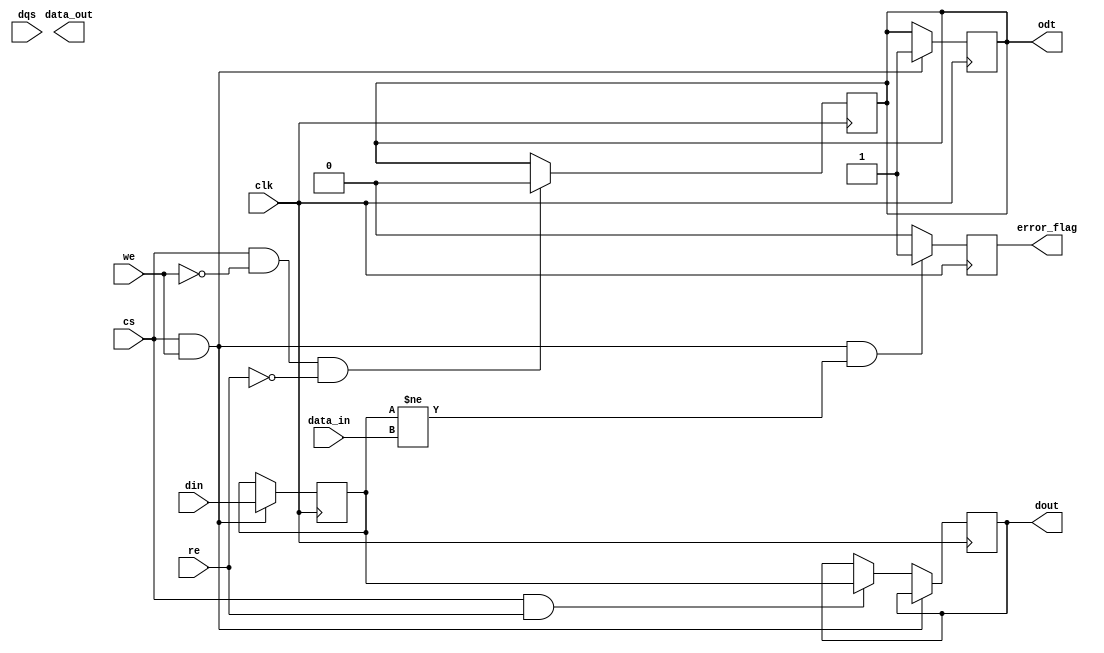
module gddr5_io_block #(
    parameter DATA_WIDTH = 32, // Can be 16 or 32 bits
    parameter DQS_ENABLE = 1
)(
    input wire clk,                 // Clock input from memory controller
    input wire [DATA_WIDTH-1:0] din, // Data input for write operations
    output reg [DATA_WIDTH-1:0] dout, // Data output for read operations
    input wire dqs,                // Data Strobe signal
    input wire cs,                 // Chip Select
    input wire we,                 // Write Enable
    input wire re,                 // Read Enable
    output reg odt,                // On-Die Termination control
    output reg [DATA_WIDTH-1:0] data_out, // Bidirectional Data lines
    input wire [DATA_WIDTH-1:0] data_in, // Bidirectional Data lines
    output reg error_flag          // Error detection flag
);

// Internal signals
reg [DATA_WIDTH-1:0] data_buffer;
reg dqs_reg;

// Write operation
always @(posedge clk) begin
    if (cs && we) begin
        data_buffer <= din; // Load data from input during write
        dqs_reg <= 1'b1;    // Assert DQS for write
        odt <= 1'b1;        // Enable ODT
    end
    else if (cs && re) begin
        dout <= data_buffer; // Read data from buffer on read enable
        dqs_reg <= 1'b0;     // Deassert DQS for read
    end
end

// Clock skew adjustment would typically require additional logic and calibration,
// which is not included in this example for simplicity.

// Error correction mechanism would typically involve additional logic.
// Here we simply toggle an error flag if some condition is met.
always @(posedge clk) begin
    if (cs && we && (data_buffer != data_in)) begin
        error_flag <= 1'b1; // Set error flag if data mismatch occurs
    end else begin
        error_flag <= 1'b0; // Clear error flag
    end
end

// Power management and termination settings would typically be more complex, 
// involving state machines or control logic not shown here for simplicity.
always @(posedge clk) begin
    if (cs && !we && !re) begin
        // Idle state for power management
        odt <= 1'b0; // Disable ODT
    end
end

// DQS Signal Handling
always @(posedge clk) begin
    if (DQS_ENABLE) begin
        // Logic for handling DQS signal may be added here if needed
        // Currently it toggles based on the we signal
        dqs <= we ? 1'b1 : 1'b0;
    end
end

endmodule